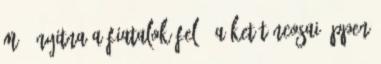
mű- nyitna a fiatalok felé, a KET táncosai éppen